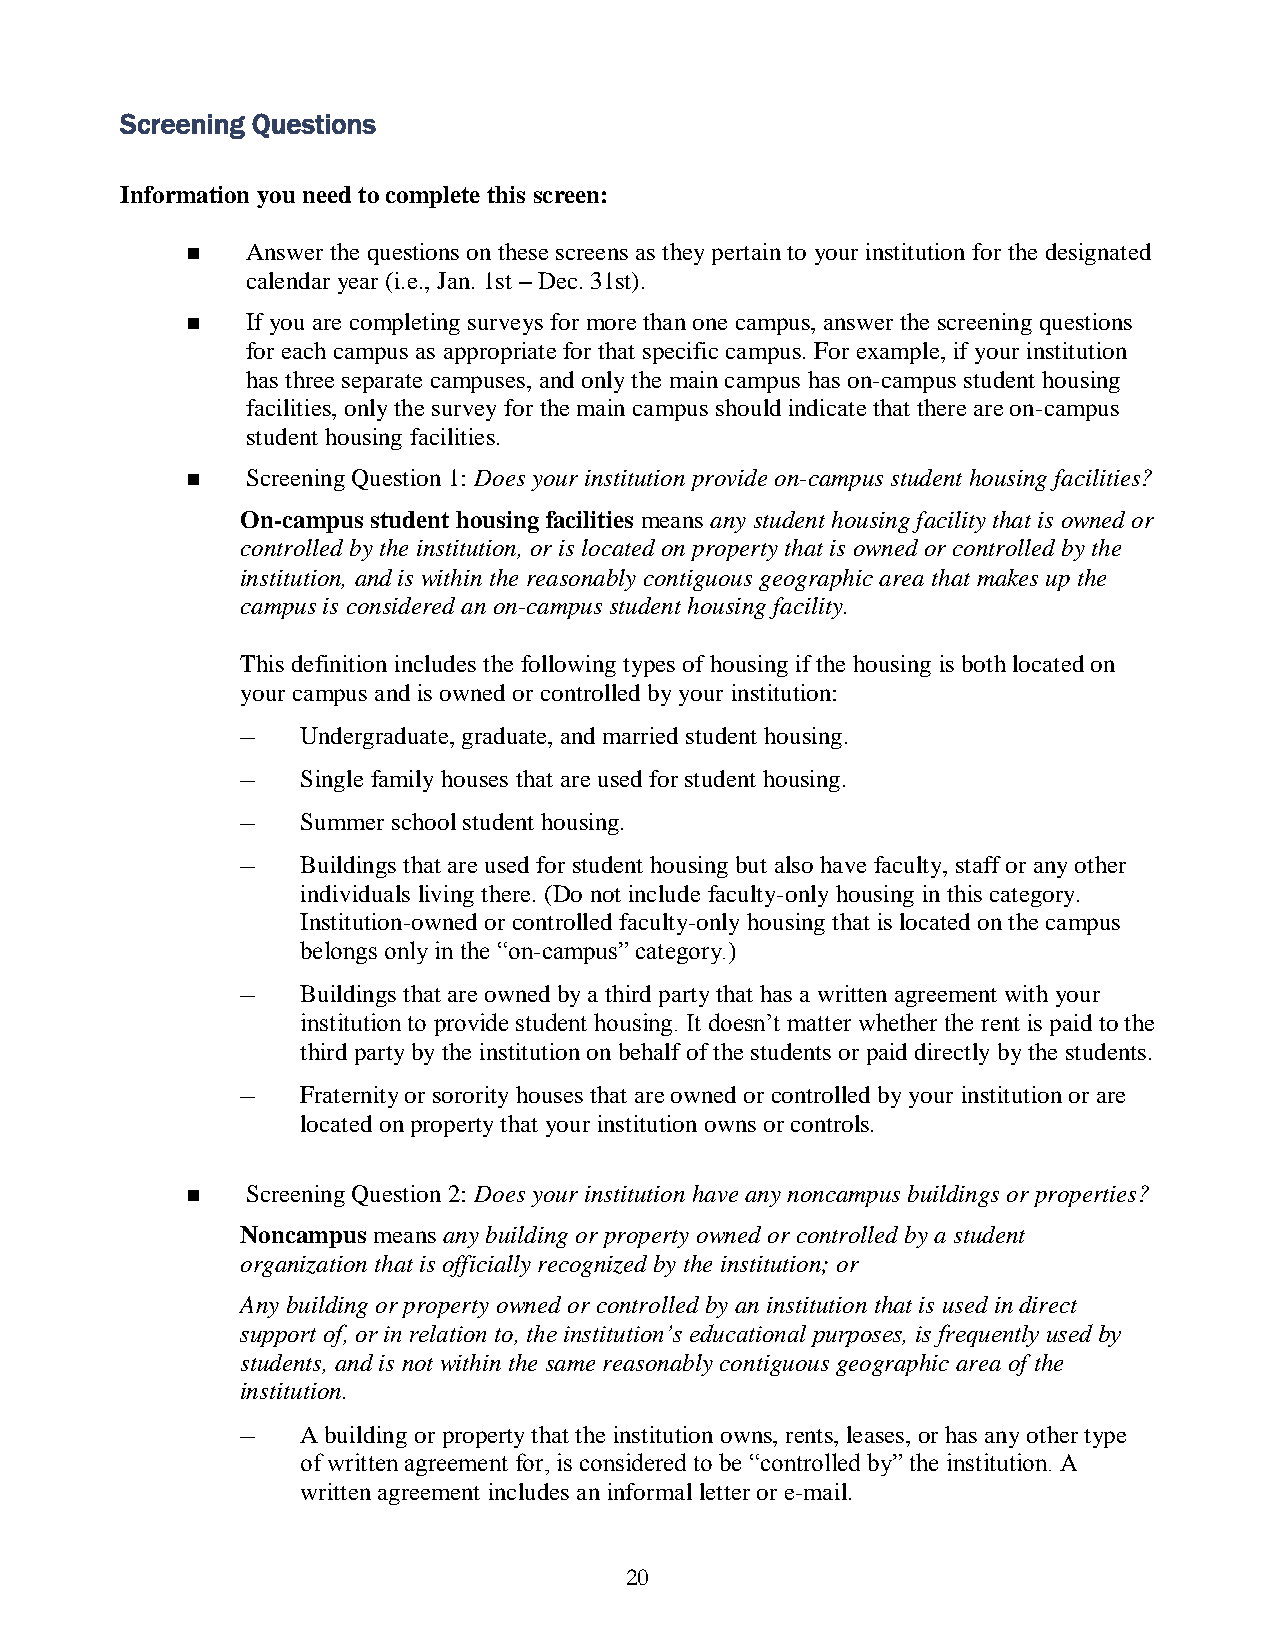
Screening Questions
 Information you need to complete this screen:
    Answer the questions on these screens as they pertain to your institution for the designated
 calendar year (i.e., Jan. 1st – Dec. 31st).
    If you are completing surveys for more than one campus, answer the screening questions
 for each campus as appropriate for that specific campus. For example, if your institution
 has three separate campuses, and only the main campus has on-campus student housing
 facilities, only the survey for the main campus should indicate that there are on-campus
 student housing facilities.
    Screening Question 1: Does your institution provide on-campus student housing facilities?
 On-campus student housing facilities means any student housing facility that is owned or
 controlled by the institution, or is located on property that is owned or controlled by the
 institution, and is within the reasonably contiguous geographic area that makes up the
 campus is considered an on-campus student housing facility.
 This definition includes the following types of housing if the housing is both located on
 your campus and is owned or controlled by your institution:
 –   Undergraduate, graduate, and married student housing.
 –   Single family houses that are used for student housing.
 –   Summer school student housing.
 –   Buildings that are used for student housing but also have faculty, staff or any other
 individuals living there. (Do not include faculty-only housing in this category.
 Institution-owned or controlled faculty-only housing that is located on the campus
 belongs only in the “on-campus” category.)
 –   Buildings that are owned by a third party that has a written agreement with your
 institution to provide student housing. It doesn’t matter whether the rent is paid to the
 third party by the institution on behalf of the students or paid directly by the students.
 –   Fraternity or sorority houses that are owned or controlled by your institution or are
 located on property that your institution owns or controls.
    Screening Question 2: Does your institution have any noncampus buildings or properties?
 Noncampus means any building or property owned or controlled by a student
 organization that is officially recognized by the institution; or
 Any building or property owned or controlled by an institution that is used in direct
 support of, or in relation to, the institution’s educational purposes, is frequently used by
 students, and is not within the same reasonably contiguous geographic area of the
 institution.
 –   A building or property that the institution owns, rents, leases, or has any other type
 of written agreement for, is considered to be “controlled by” the institution. A
 written agreement includes an informal letter or e-mail.
 20